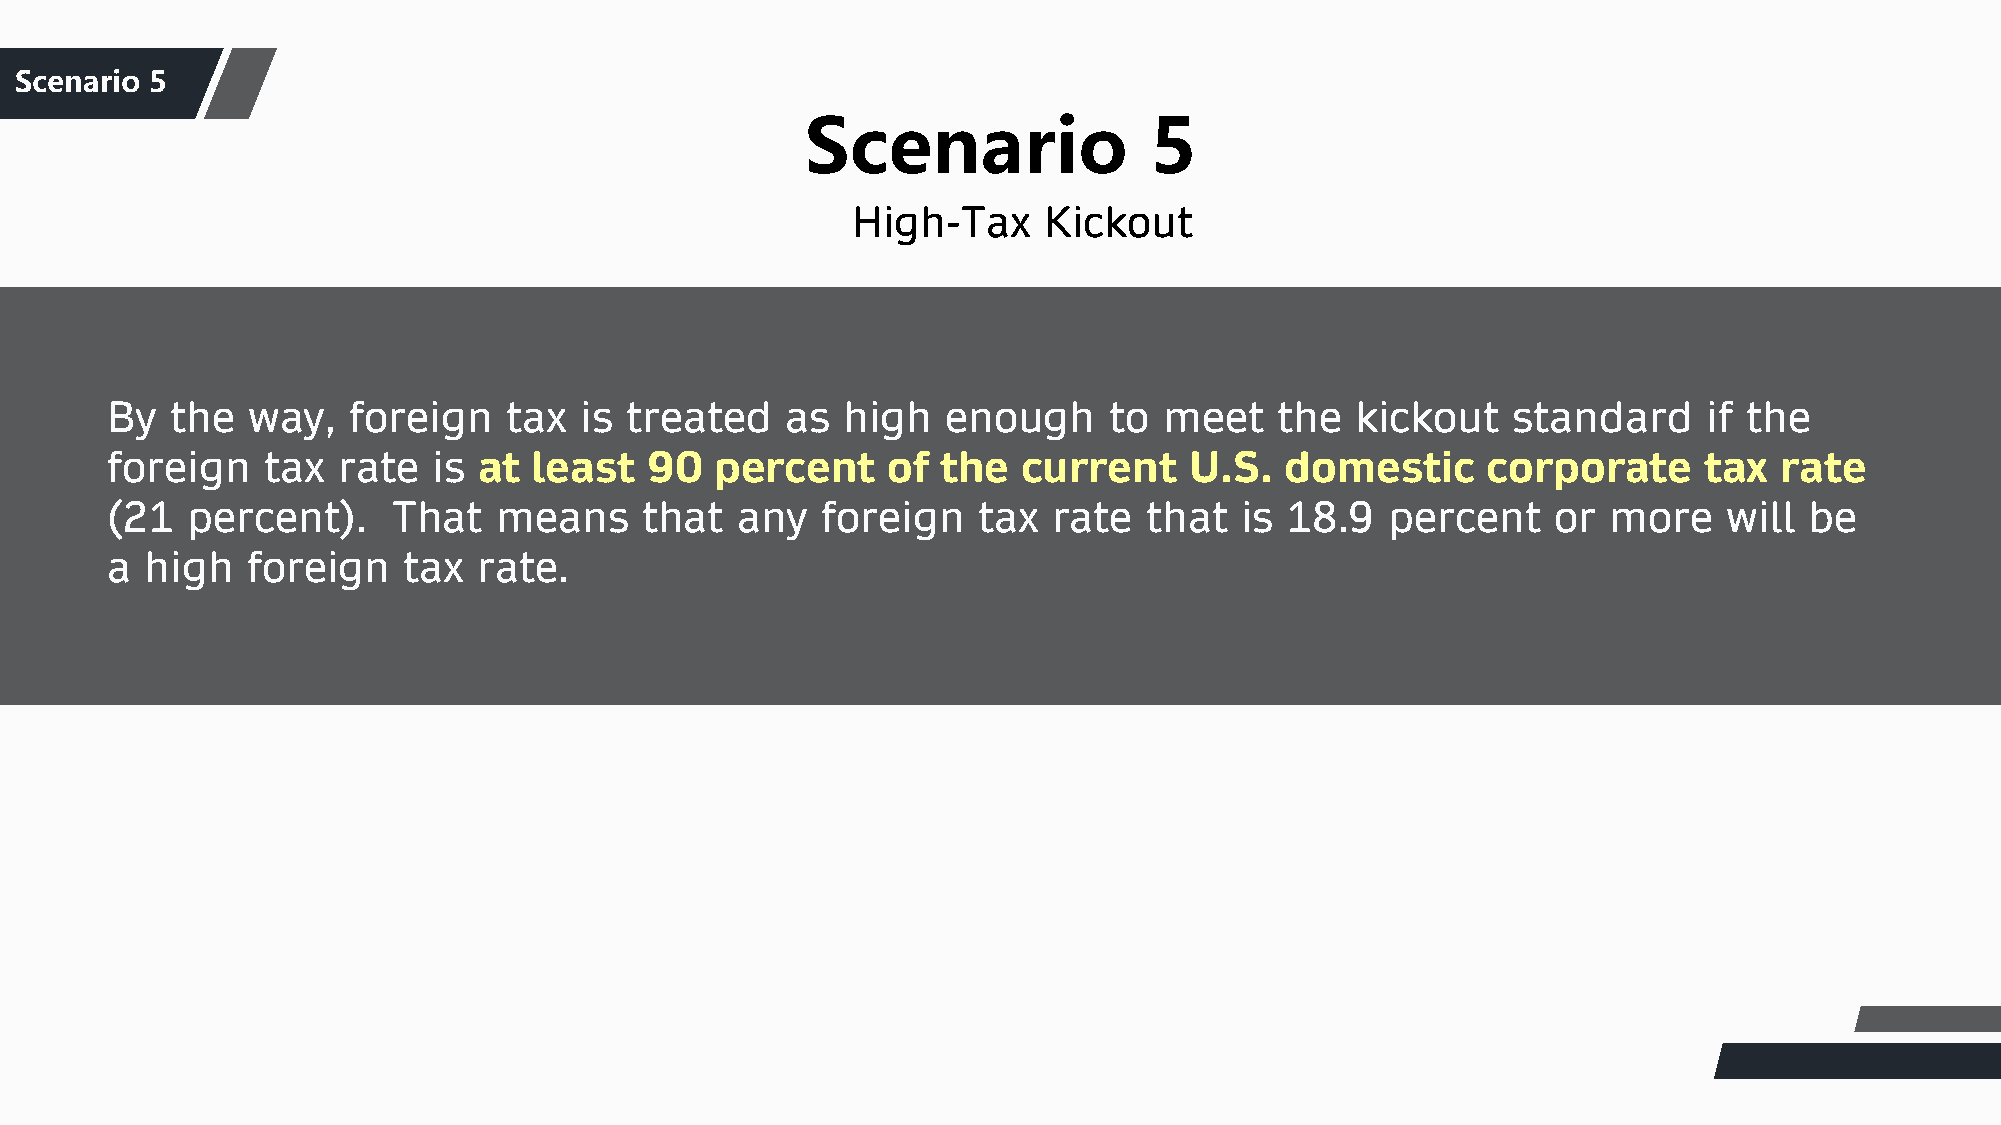
S团ce队nar介io绍 5
 Scenario               5
 High-Tax     Kickout
 By  the  way,   foreign    tax is treated    as  high   enough    to  meet    the  kickout   standard     if the
 foreign   tax  rate   is at least   90  percent     of the   current    U.S.  domestic     corporate      tax  rate
 (21  percent).     That   means     that  any  foreign    tax  rate  that  is 18.9   percent    or more    will  be
 a  high  foreign    tax  rate.